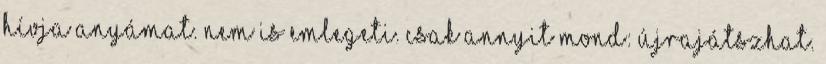
hívja anyámat. Nem is emlegeti. Csak annyit mond: újrajátszhat.